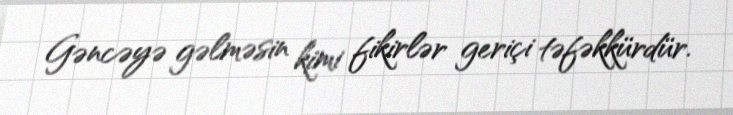
Gəncəyə gəlməsin kimi fikirlər geriçi təfəkkürdür.